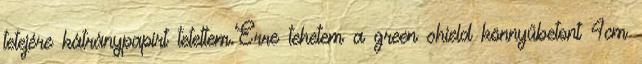
tetejére kátránypapírt tetettem.Erre tehetem a green shield könnyűbetont 4cm